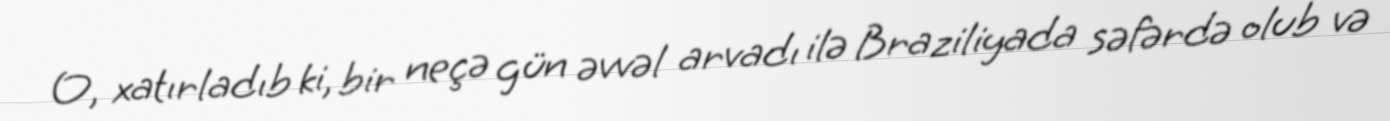
O, xatırladıb ki, bir neçə gün əvvəl arvadı ilə Braziliyada səfərdə olub və